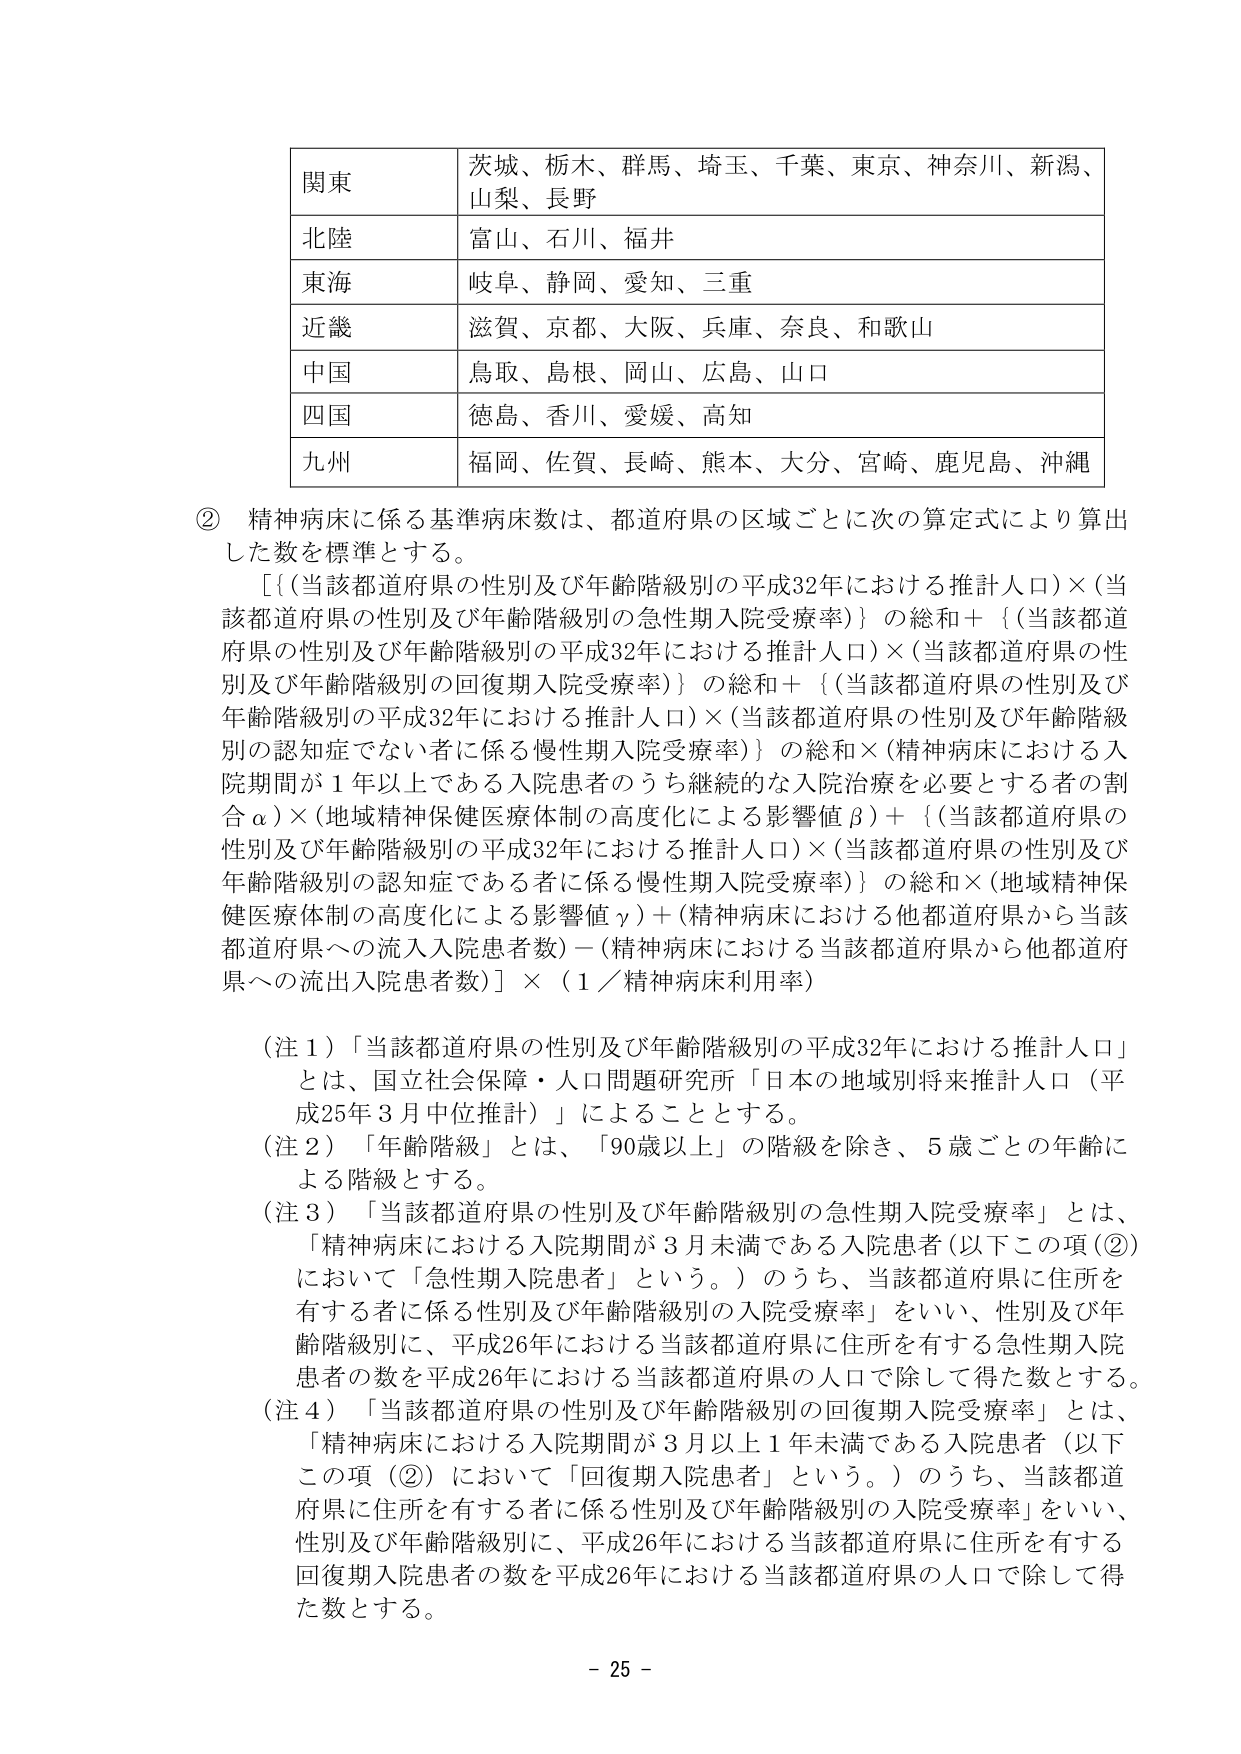
関東　茨城、栃木、群馬、埼玉、千葉、東京、神奈川、新潟、山梨、長野
北陸　富山、石川、福井
東海　岐阜、静岡、愛知、三重
近畿　滋賀、京都、大阪、兵庫、奈良、和歌山
中国　鳥取、島根、岡山、広島、山口
四国　徳島、香川、愛媛、高知
九州　福岡、佐賀、長崎、熊本、大分、宮崎、鹿児島、沖縄

② 精神病床に係る基準病床数は、都道府県の区域ごとに次の算定式により算出した数を標準とする。
[｛（当該都道府県の性別及び年齢階級別の平成32年における推計人口）×（当該都道府県の性別及び年齢階級別の急性期入院受療率）｝の総和＋｛（当該都道府県の性別及び年齢階級別の平成32年における推計人口）×（当該都道府県の性別及び年齢階級別の回復期入院受療率）｝の総和＋｛（当該都道府県の性別及び年齢階級別の平成32年における推計人口）×（当該都道府県の性別及び年齢階級別の認知症でない者に係る慢性期入院受療率）｝の総和×（精神病床における入院期間が1年以上である入院患者のうち継続的な入院治療を必要とする者の割合α）×（地域精神保健医療体制の高度化による影響値β）＋｛（当該都道府県の性別及び年齢階級別の平成32年における推計人口）×（当該都道府県の性別及び年齢階級別の認知症である者に係る慢性期入院受療率）｝の総和×（地域精神保健医療体制の高度化による影響値γ）＋（精神病床における他都道府県から当該都道府県への流入入院患者数）－（精神病床における当該都道府県から他都道府県への流出入院患者数）］×（1／精神病床利用率）

（注1）「当該都道府県の性別及び年齢階級別の平成32年における推計人口」とは、国立社会保障・人口問題研究所「日本の地域別将来推計人口（平成25年3月中位推計）」によることとする。
（注2）「年齢階級」とは、「90歳以上」の階級を除き、5歳ごとの年齢による階級とする。
（注3）「当該都道府県の性別及び年齢階級別の急性期入院受療率」とは、「精神病床における入院期間が3月未満である入院患者（以下この項（②）において「急性期入院患者」という。）のうち、当該都道府県に住所を有する者に係る性別及び年齢階級別の入院受療率」をいい、性別及び年齢階級別に、平成26年における当該都道府県に住所を有する急性期入院患者の数を平成26年における当該都道府県の人口で除して得た数とする。
（注4）「当該都道府県の性別及び年齢階級別の回復期入院受療率」とは、「精神病床における入院期間が3月以上1年未満である入院患者（以下この項（②）において「回復期入院患者」という。）のうち、当該都道府県に住所を有する者に係る性別及び年齢階級別の入院受療率」をいい、性別及び年齢階級別に、平成26年における当該都道府県に住所を有する回復期入院患者の数を平成26年における当該都道府県の人口で除して得た数とする。

- 25 -